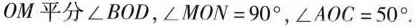
OM平分\angle BOD，\angle MON=90^{\circ}，\angle AOC=50^{\circ}.